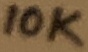
Text: 10K